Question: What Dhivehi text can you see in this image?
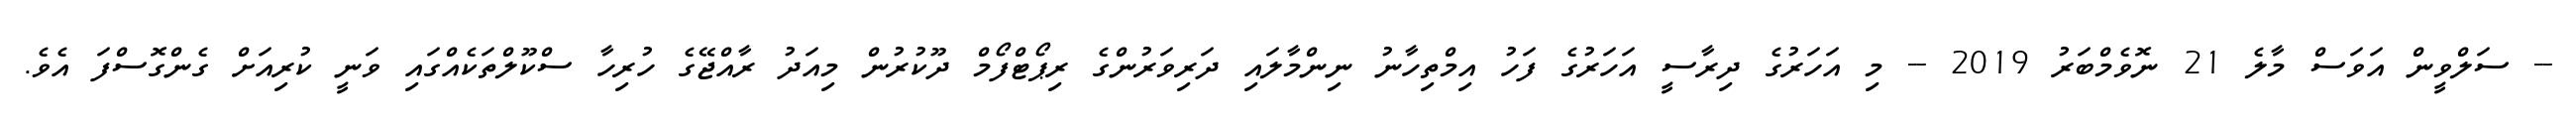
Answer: -- ސަލްވީން އަވަސް މާލެ 21 ނޮވެމްބަރު 2019 -- މި އަހަރުގެ ދިރާސީ އަހަރުގެ ފަހު އިމްތިހާނު ނިންމާލައި ދަރިވަރުންގެ ރިޕޯޓްފޯމް ދޫކުރުން މިއަދު ރާއްޖޭގެ ހުރިހާ ސްކޫލްތަކެއްގައި ވަނީ ކުރިއަށް ގެންގޮސްފަ އެވެ.